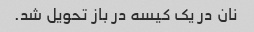
نان در یک کیسه در باز تحویل شد.